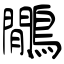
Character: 鷳